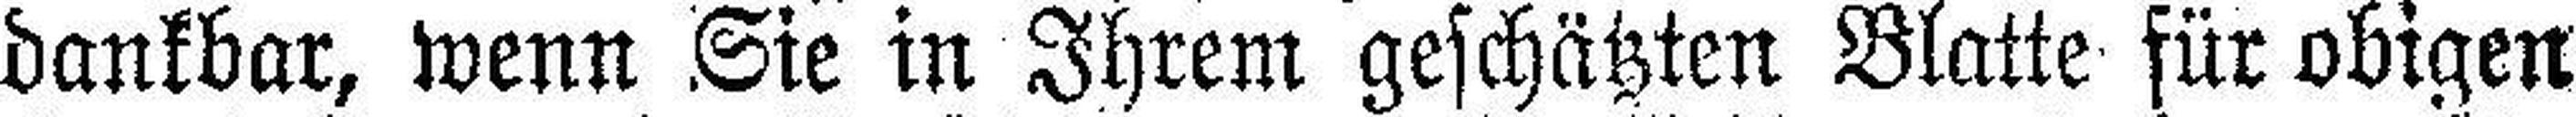
dankbar, wenn Sie in Ihrem geschätzten Blatte für obigen